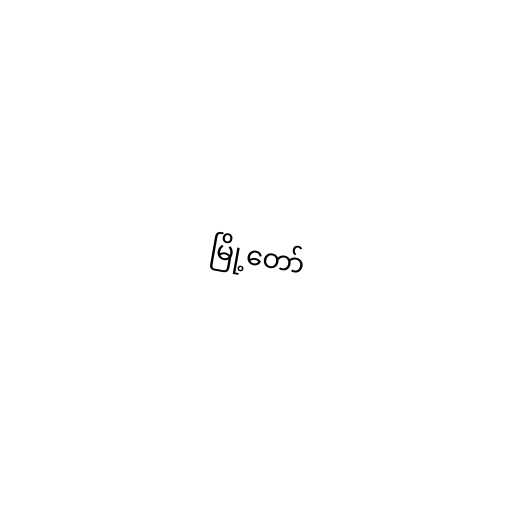
မြို့တော်